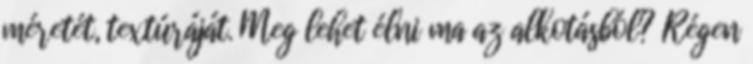
méretét, textúráját. Meg lehet élni ma az alkotásból? Régen